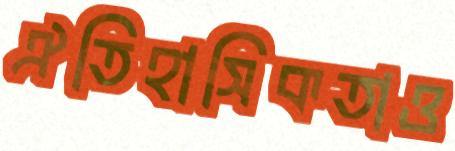
ঐতিহাসিকতাও